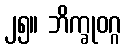
၂၅။ ဘိက္ခုဝဂ္ဂ